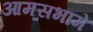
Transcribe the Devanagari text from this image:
आमसभामें